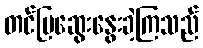
တင်ပြဆွေးနွေးခဲ့ကြသည်